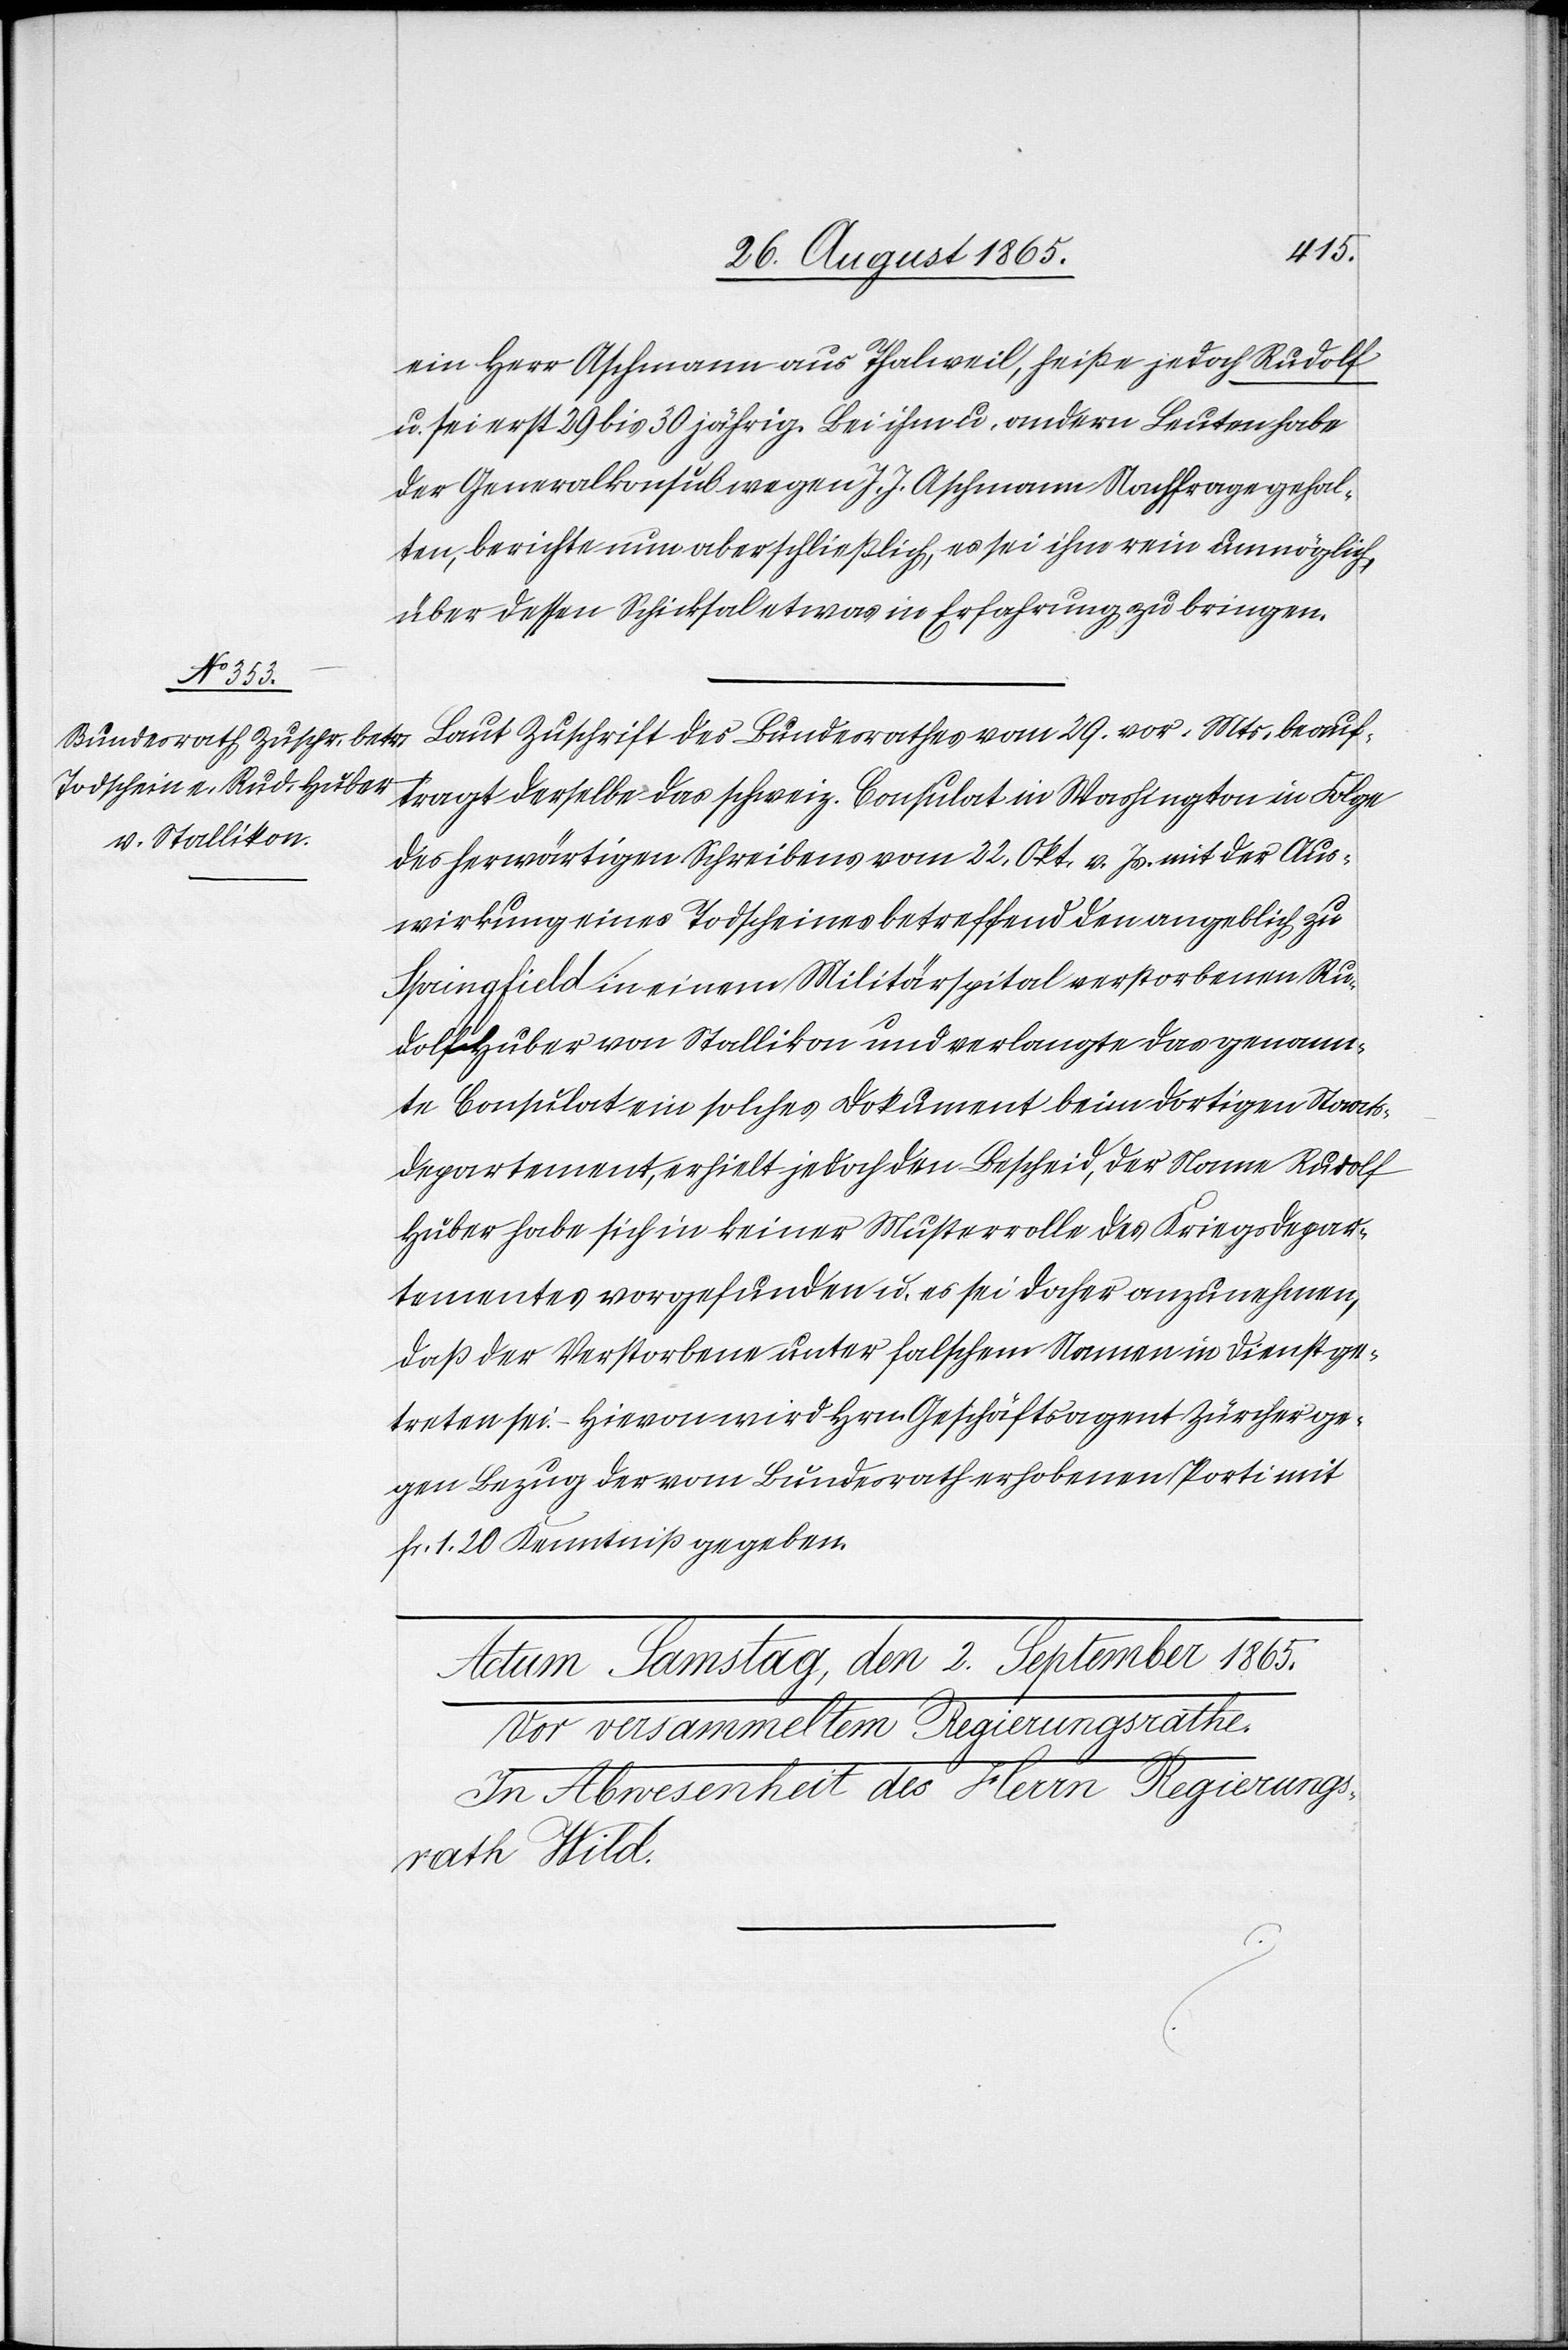
ein Herr Aschmann aus Thalweil, heiße jedoch Rudolf
u. sei erst 29 bis 30 jährig. Bei ihm u. andern Leuten habe
der Generalkonsul wegen J. J. Aschmann Nachfrage gehal¬
ten, berichte nun aber schließlich, es sei ihm rein unmöglich,
über dessen Schicksal etwas in Erfahrung zu bringen.
1865.]
Laut Zuschrift des Bundesrathes vom 29. vor. Mts. beauf¬
tragt derselbe das schweiz. Consulat in Washington in Folge
des herwärtigen Schreibens vom 22. Okt. v. Js. mit der Aus¬
wirkung eines Todscheines betreffend den angeblich zu
Springfield in einem Militärspital verstorbenen Ru¬
dolf Huber von Stallikon und verlangte das genann¬
te Consulat ein solches Dokument beim dortigen Staats¬
departement, erhielt jedoch den Bescheid, der Name Rudolf
Huber habe sich in keiner Musterrolle des Kriegsdepar¬
tementes vorgefunden u. es sei daher anzunehmen,
daß der Verstorbene unter falschem Namen in Dienst ge¬
treten sei. Hievon wird Hrn. Geschäftsagent Zürcher ge¬
gen Bezug der vom Bundesrath erhobenen Porti mit
fr. 1. 20 Kenntniß gegeben.